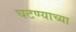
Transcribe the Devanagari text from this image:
घटण्याच्या